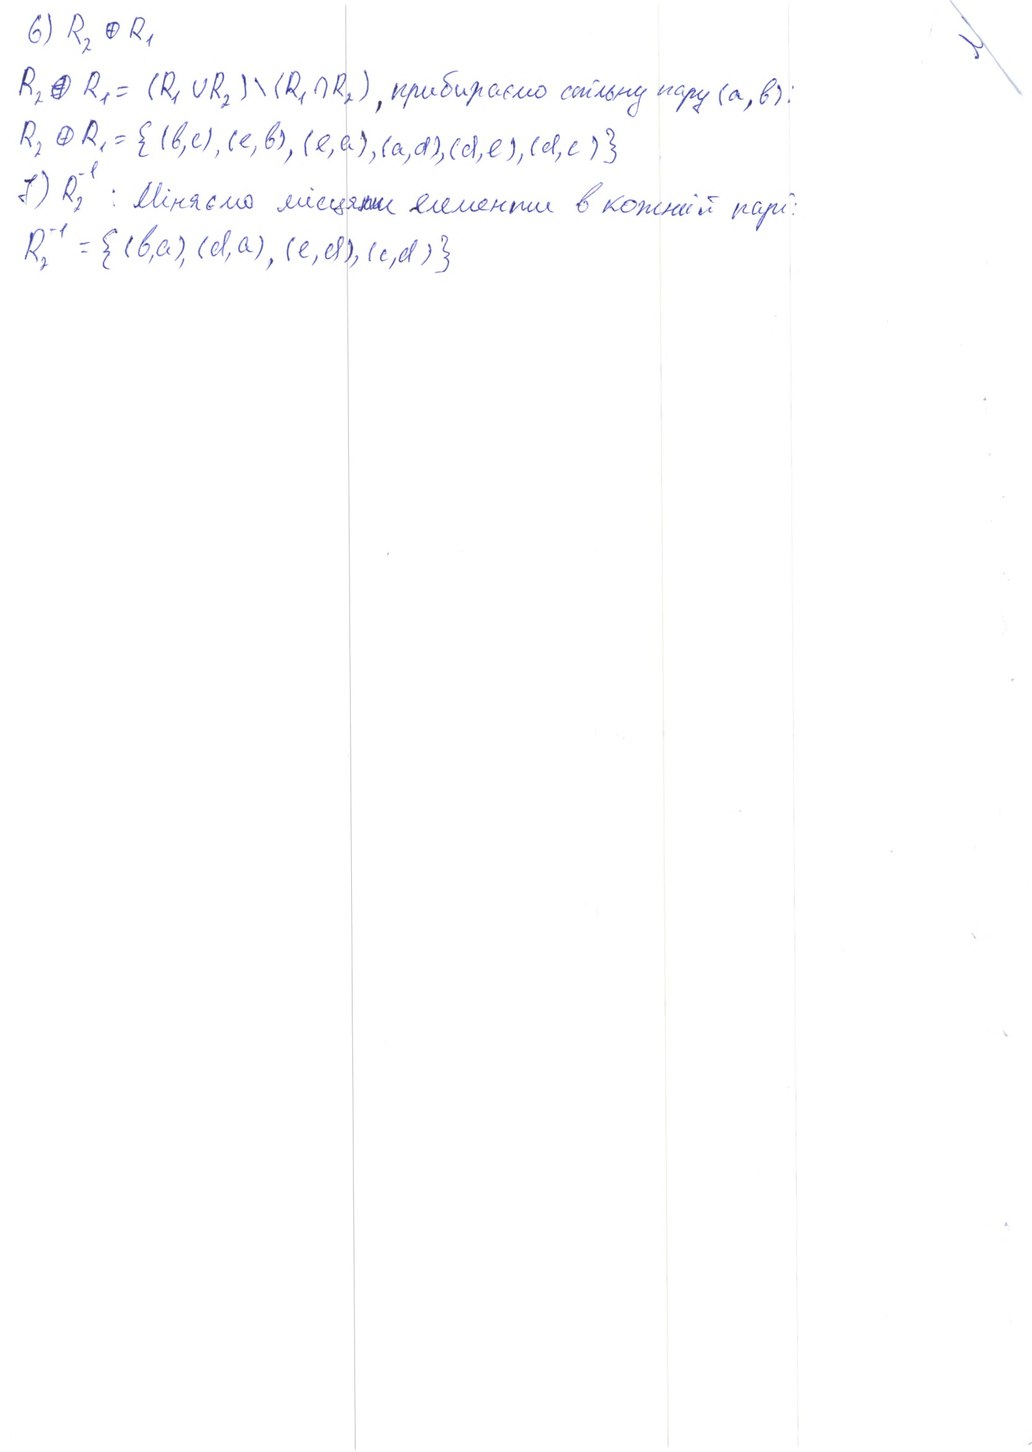
6) R2 ⊕ R1
R_2 ⊕ R_1 = (R_1 ∪ R_2) \ (R_1 ∩ R_2), прибираємо спільну пару ( a.b):
R_2 ⊕ R_1 = {(b, c), (e, b), (e, a), (a, d), (d, e), (d, c)}
7) R_2^{-1} : Міняємо місцями елементи в кожній парі :
R_2^{-1} = {(b, a), (d, a), (e, d), (e, d)}